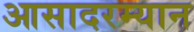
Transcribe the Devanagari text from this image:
आसादरम्यान